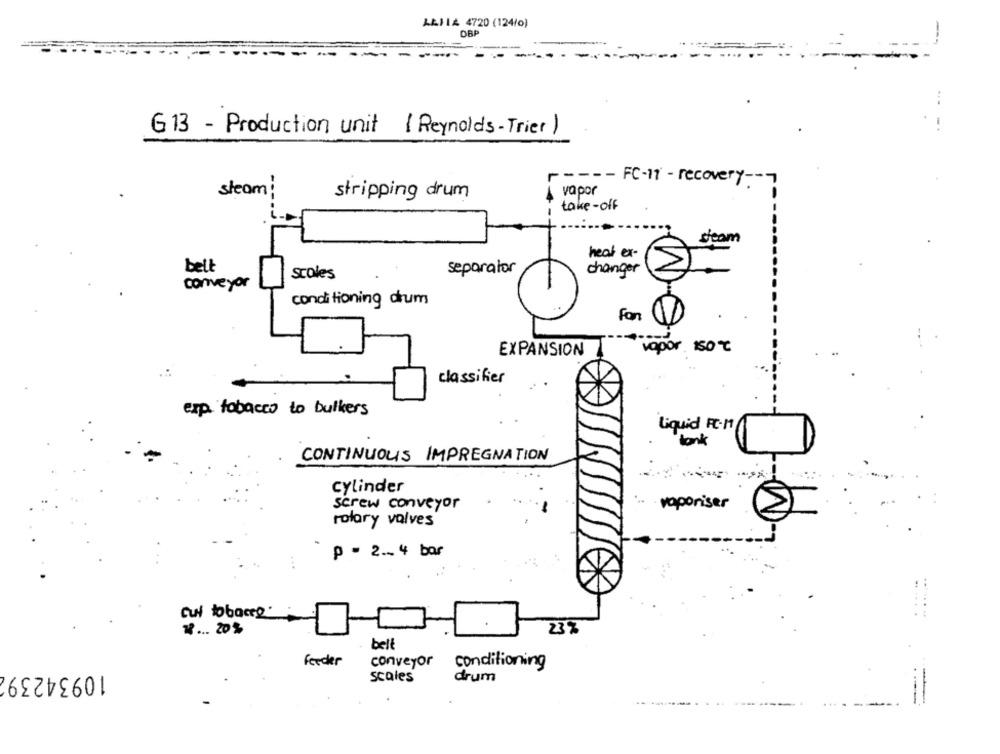
ALJIA 4720 (124/o)
DBP
G 13 - Production unit ( Reynolds- Trier )
- - - - FC-11 - recovery -- 7
steam:
stripping drum
vapor
take-off
deam
heat ex-
belt
separator
changer
scoles
conveyor
conditioning drum
Fon
EXPANSION
vapor 150 ℃
classifier
exp tobacco to bulkers
Liquid PC-11
bank
CONTINUOUS IMPREGNATION
Cylinder
screw conveyor
...
vaporiser
rotary valves
p = 2 .~ 4 bar
...
cui tobaceg"
2 ... 20%
23%
belt
feeder
conveyor
conditioning
109342392
scales
drum
-